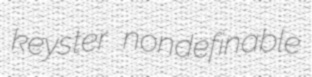
keyster nondefinable